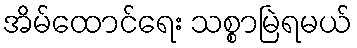
အိမ်ထောင်ရေး သစ္စာမြဲရမယ်